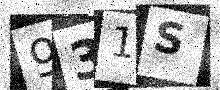
Text: 931S